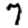
Digit: 7